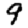
Digit: 9